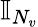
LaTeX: \mathbb{I}_{N_{v}}